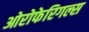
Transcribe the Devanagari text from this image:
ओरोफेरिगल्स